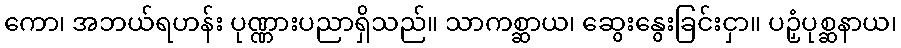
ကော၊ အဘယ်ရဟန်း ပုဏ္ဏားပညာရှိသည်။ သာကစ္ဆာယ၊ ဆွေးနွေးခြင်းငှာ။ ပဉှံပုစ္ဆနာယ၊